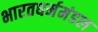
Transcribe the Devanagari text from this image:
भारतधर्ममंडल